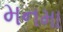
મનમા